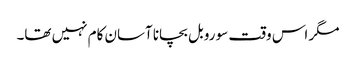
مگر اس وقت سو روبل بچانا آسان کام نہیں تھا۔